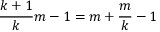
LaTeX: { \frac { k + 1 } { k } } m - 1 = m + { \frac { m } { k } } - 1